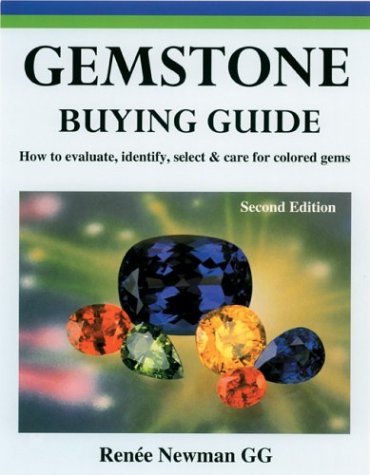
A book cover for Gemstone Buying Guide, Second Edition: How to Evaluate, Identify, Select & Care for Colored Gems; Renee Newman; Crafts, Hobbies & Home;